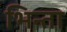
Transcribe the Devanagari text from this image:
भिन्ता